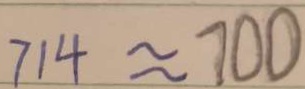
7 1 4 \approx 7 0 0